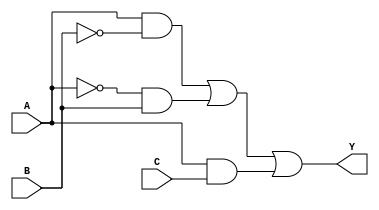
module sop_simplification (
    input wire A,  // First binary input
    input wire B,  // Second binary input
    input wire C,  // Third binary input
    output wire Y  // Output representing the simplified SOP expression
);

// Internal signals for product terms
wire A_not;      // NOT A
wire B_not;      // NOT B
wire A_and_B_not; // A AND NOT B
wire A_not_and_B; // NOT A AND B
wire A_and_C;    // A AND C

// NOT gates for input inversion
not (A_not, A);
not (B_not, B);

// AND gates for product terms
and (A_and_B_not, A, B_not); // A AND NOT B
and (A_not_and_B, A_not, B); // NOT A AND B
and (A_and_C, A, C);         // A AND C

// OR gate for final output
or (Y, A_and_B_not, A_not_and_B, A_and_C); // Y = A'B + AB' + AC

endmodule